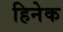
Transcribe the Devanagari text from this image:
हिनेक